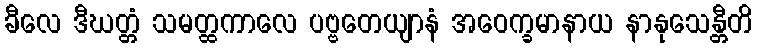
ခီလေ ဒီဃတ္တံ သမတ္ထကာလေ ပဗ္ဗတေယျာနံ အဝေက္ခမာနာယ နာနုသေန္တီတိ